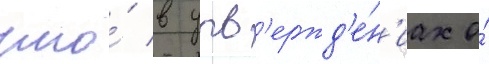
что́ в утв'ержд'е́н'иах о́